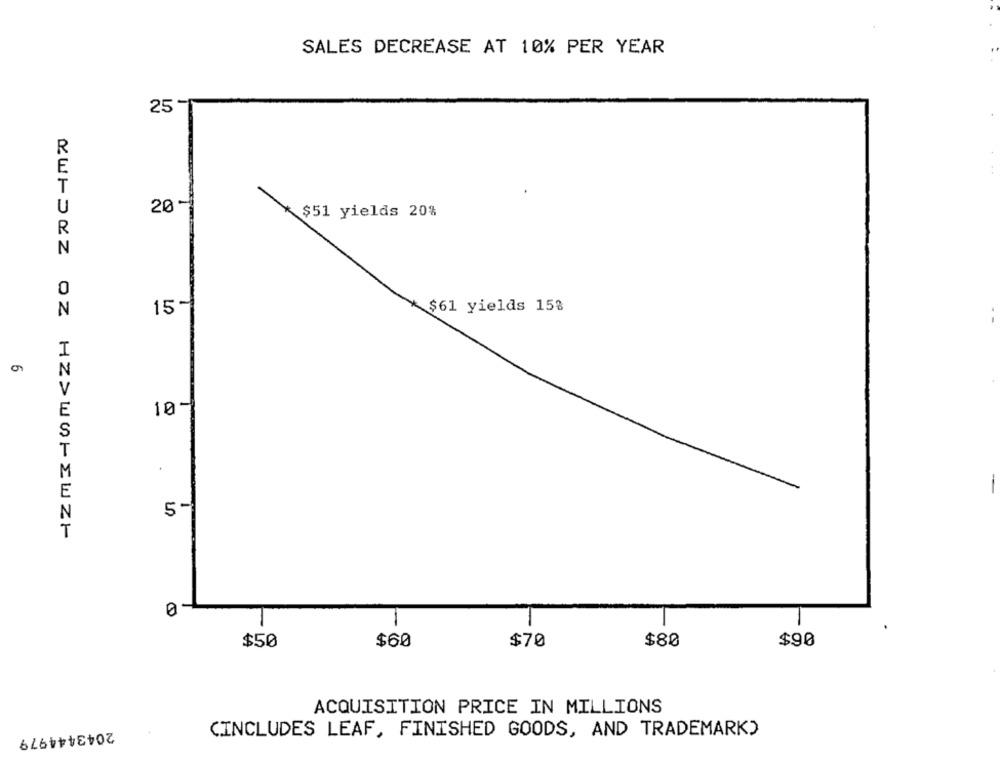
SALES DECREASE AT 10% PER YEAR
25
R
E
T
U
20 -
$51 yields 20%
R
N
0
N
15-
$61 yields 15%
I
10-
.
-
E
5 -
NUHOZZ OZ HZSWOPEWZH
$50
$60
$70
$80
$90
ACQUISITION PRICE IN MILLIONS
2043444979
CINCLUDES LEAF, FINISHED GOODS, AND TRADEMARK)